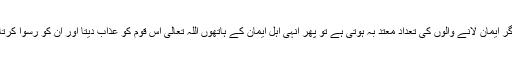
اور اگر ایمان لانے والوں کی تعداد معتد بہ ہوتی ہے تو پھر انہی اہل ایمان کے ہاتھوں اللہ تعالیٰ اس قوم کو عذاب دیتا اور ان کو رسوا کرتا ہے۔